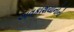
અવકાશયાનોનો